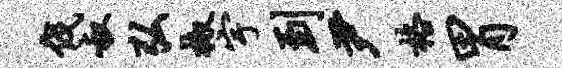
伐叔弘椒宇到尹格胃